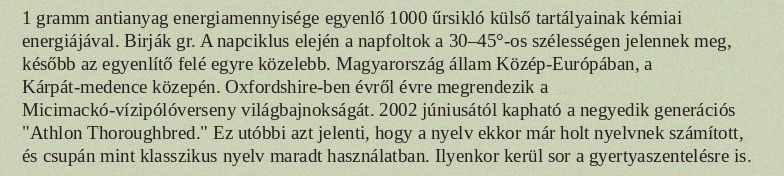
1 gramm antianyag energiamennyisége egyenlő 1000 űrsikló külső tartályainak kémiai energiájával. Birják gr. A napciklus elején a napfoltok a 30–45°-os szélességen jelennek meg, később az egyenlítő felé egyre közelebb. Magyarország állam Közép-Európában, a Kárpát-medence közepén. Oxfordshire-ben évről évre megrendezik a Micimackó-vízipólóverseny világbajnokságát. 2002 júniusától kapható a negyedik generációs "Athlon Thoroughbred." Ez utóbbi azt jelenti, hogy a nyelv ekkor már holt nyelvnek számított, és csupán mint klasszikus nyelv maradt használatban. Ilyenkor kerül sor a gyertyaszentelésre is.